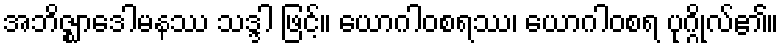
အဘိဇ္ဈာဒေါမနဿ သဒ္ဒါ ဖြင့်။ ယောဂါဝစရဿ၊ ယောဂါဝစရ ပုဂ္ဂိုလ်၏။